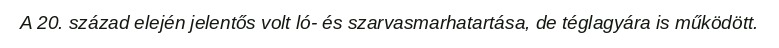
A 20. század elején jelentős volt ló- és szarvasmarhatartása, de téglagyára is működött.